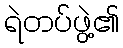
ရဲတပ်ဖွဲ့၏